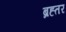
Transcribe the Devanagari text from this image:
ब्रह्तर